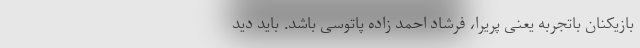
بازیکنان باتجربه یعنی پریرا، فرشاد احمد زاده پاتوسی باشد. باید دید